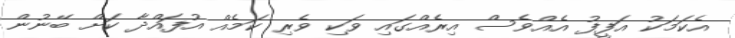
އެކަމަކު އަފީފު އެއްވެސް އިރެއްގައި ވަކި ވެރި ކަމެއް އުފައްދާ ކަށް ބޭނުން